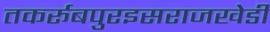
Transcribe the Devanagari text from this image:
तकर्रूबपुरइसराजखेडी